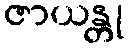
ဇာယန္တု